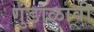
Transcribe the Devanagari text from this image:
गुंडाळावी